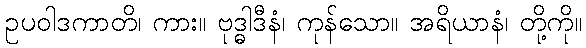
ဥပဝါဒကာတိ၊ ကား။ ဗုဒ္ဓါဒီနံ၊ ကုန်သော။ အရိယာနံ၊ တို့ကို။